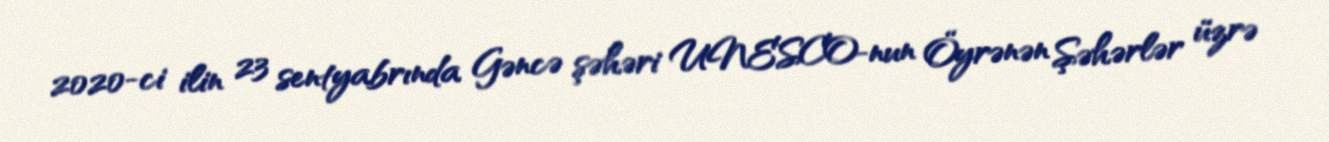
2020-ci ilin 23 sentyabrında Gəncə şəhəri UNESCO-nun Öyrənən Şəhərlər üzrə